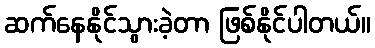
ဆက်နေနိုင်သွားခဲ့တာ ဖြစ်နိုင်ပါတယ်။